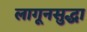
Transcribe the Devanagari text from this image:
लागूनसुद्धा